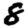
Digit: 8